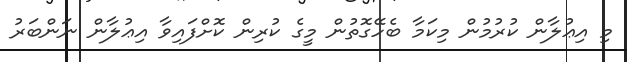
މި އިޢުލާން ކުރުމުން މިކަމާ ބެހޭގޮތުން މީގެ ކުރިން ކޮށްފައިވާ އިޢުލާން ނަންބަރު